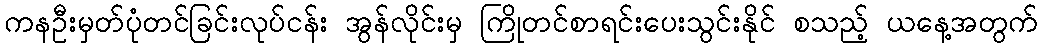
ကနဦးမှတ်ပုံတင်ခြင်းလုပ်ငန်း အွန်လိုင်းမှ ကြိုတင်စာရင်းပေးသွင်းနိုင် စသည့် ယနေ့အတွက်